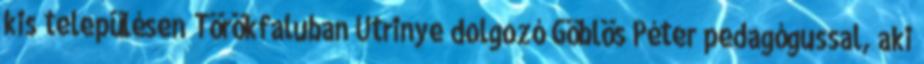
kis településen Törökfaluban Utrinye dolgozó Göblös Péter pedagógussal, aki